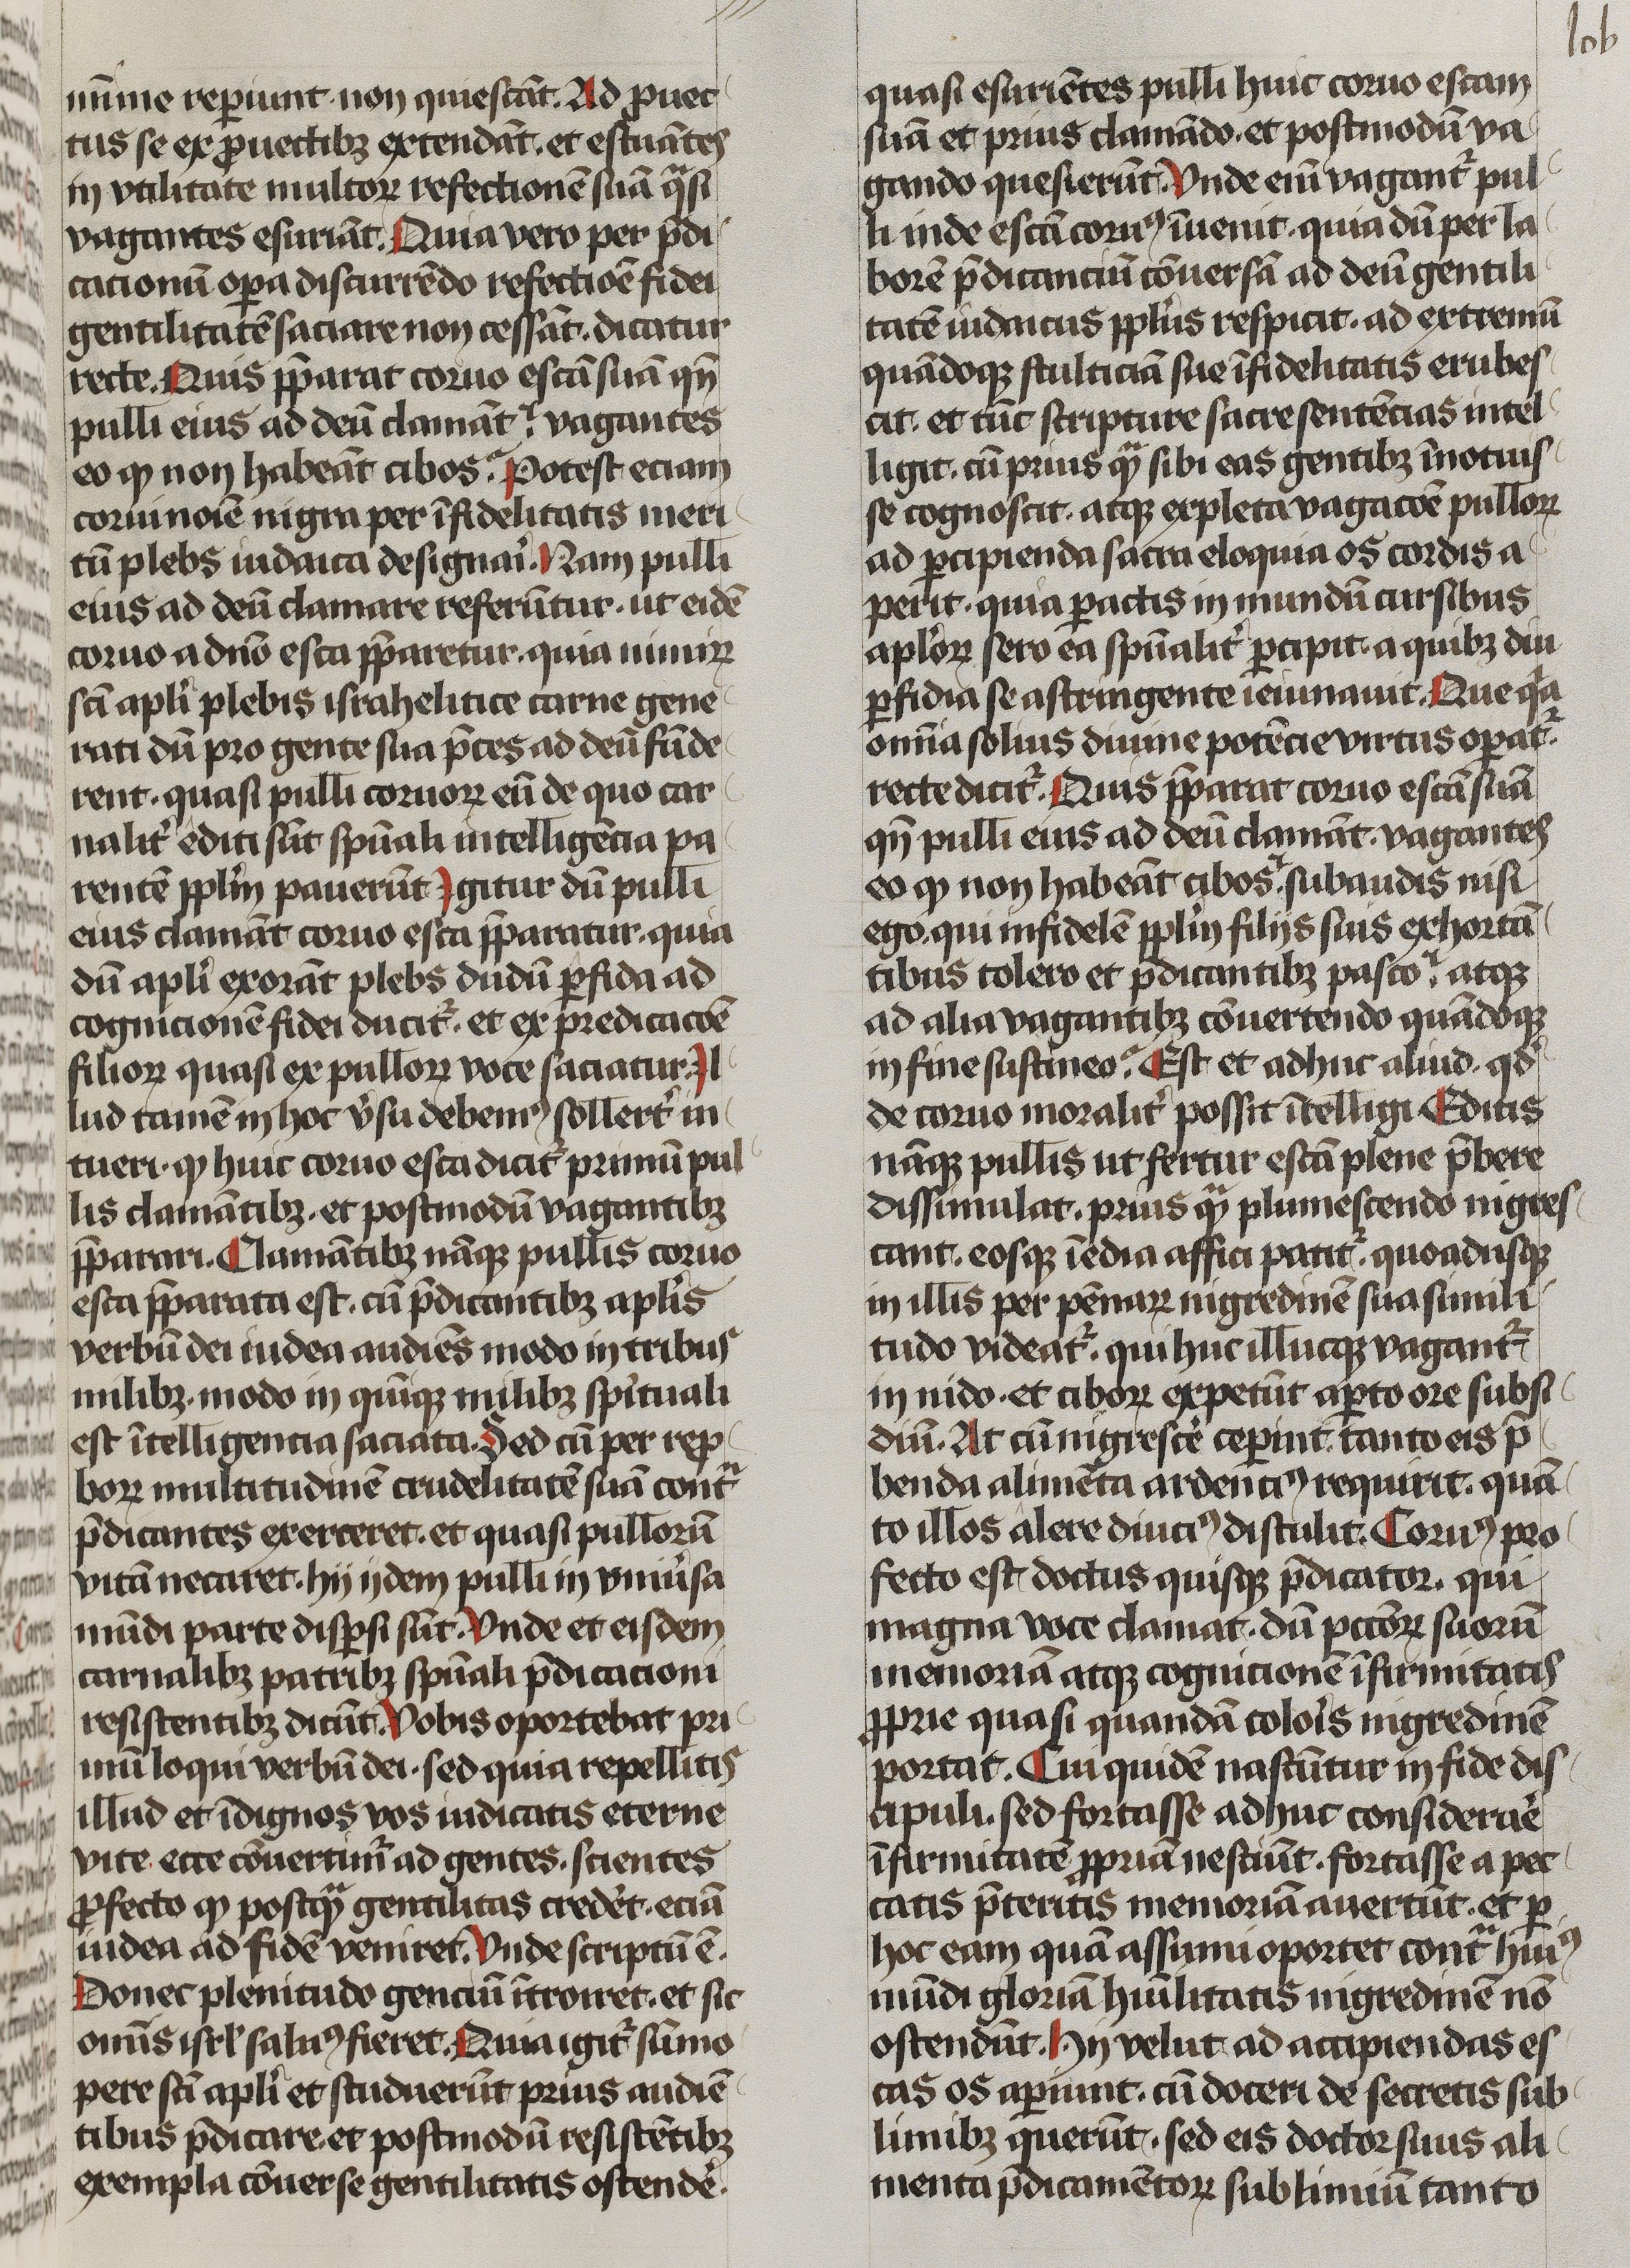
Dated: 1170–1199